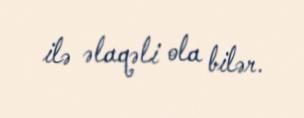
ilə əlaqəli ola bilər.